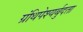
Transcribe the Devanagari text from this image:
ग्रंथिपेश्यर्बुदता